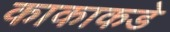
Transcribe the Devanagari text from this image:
काकाकडे